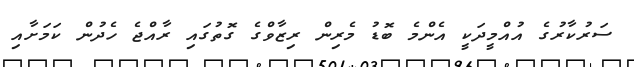
ސަރުކާރުގެ އުއްމީދަކީ އެންމެ ބޮޑު މެރިން ރިޒާވްގެ ގޮތުގައި ރާއްޖެ ހެދުން ކަމަށާއި